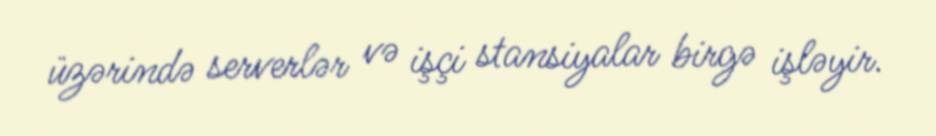
üzərində serverlər və işçi stansiyalar birgə işləyir.